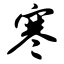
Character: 寒